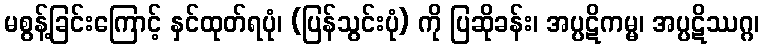
မစွန့်ခြင်းကြောင့် နှင်ထုတ်ရပုံ၊ (ပြန်သွင်းပုံ) ကို ပြဆိုခန်း၊ အပ္ပဋိကမ္မ၊ အပ္ပဋိဿဂ္ဂ၊